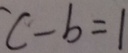
C - b = 1